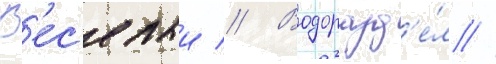
В'ес'елыи // Водоразд'е́л //